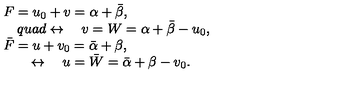
\begin{array} { l } { F = u _ { 0 } + v = \alpha + \bar { \beta } , } \\ { \quad q u a d \leftrightarrow \quad v = W = \alpha + \bar { \beta } - u _ { 0 } , } \\ { \bar { F } = u + v _ { 0 } = \bar { \alpha } + \beta , } \\ { \quad \quad \leftrightarrow \quad u = \bar { W } = \bar { \alpha } + \beta - v _ { 0 } . } \\ \end{array}